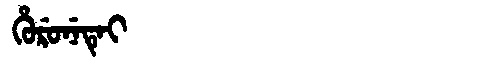
Manchu: ᡥᡠᡵᡠᠨᡝᡨᡝᡳ
Romanization: HURUNETEI